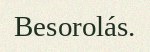
Besorolás.